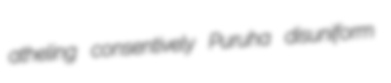
atheling consentively Puruha disuniform